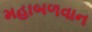
મહાબળવાન